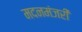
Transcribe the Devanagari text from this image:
मदनमंजरी